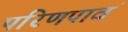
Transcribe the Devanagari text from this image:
परिणपावं